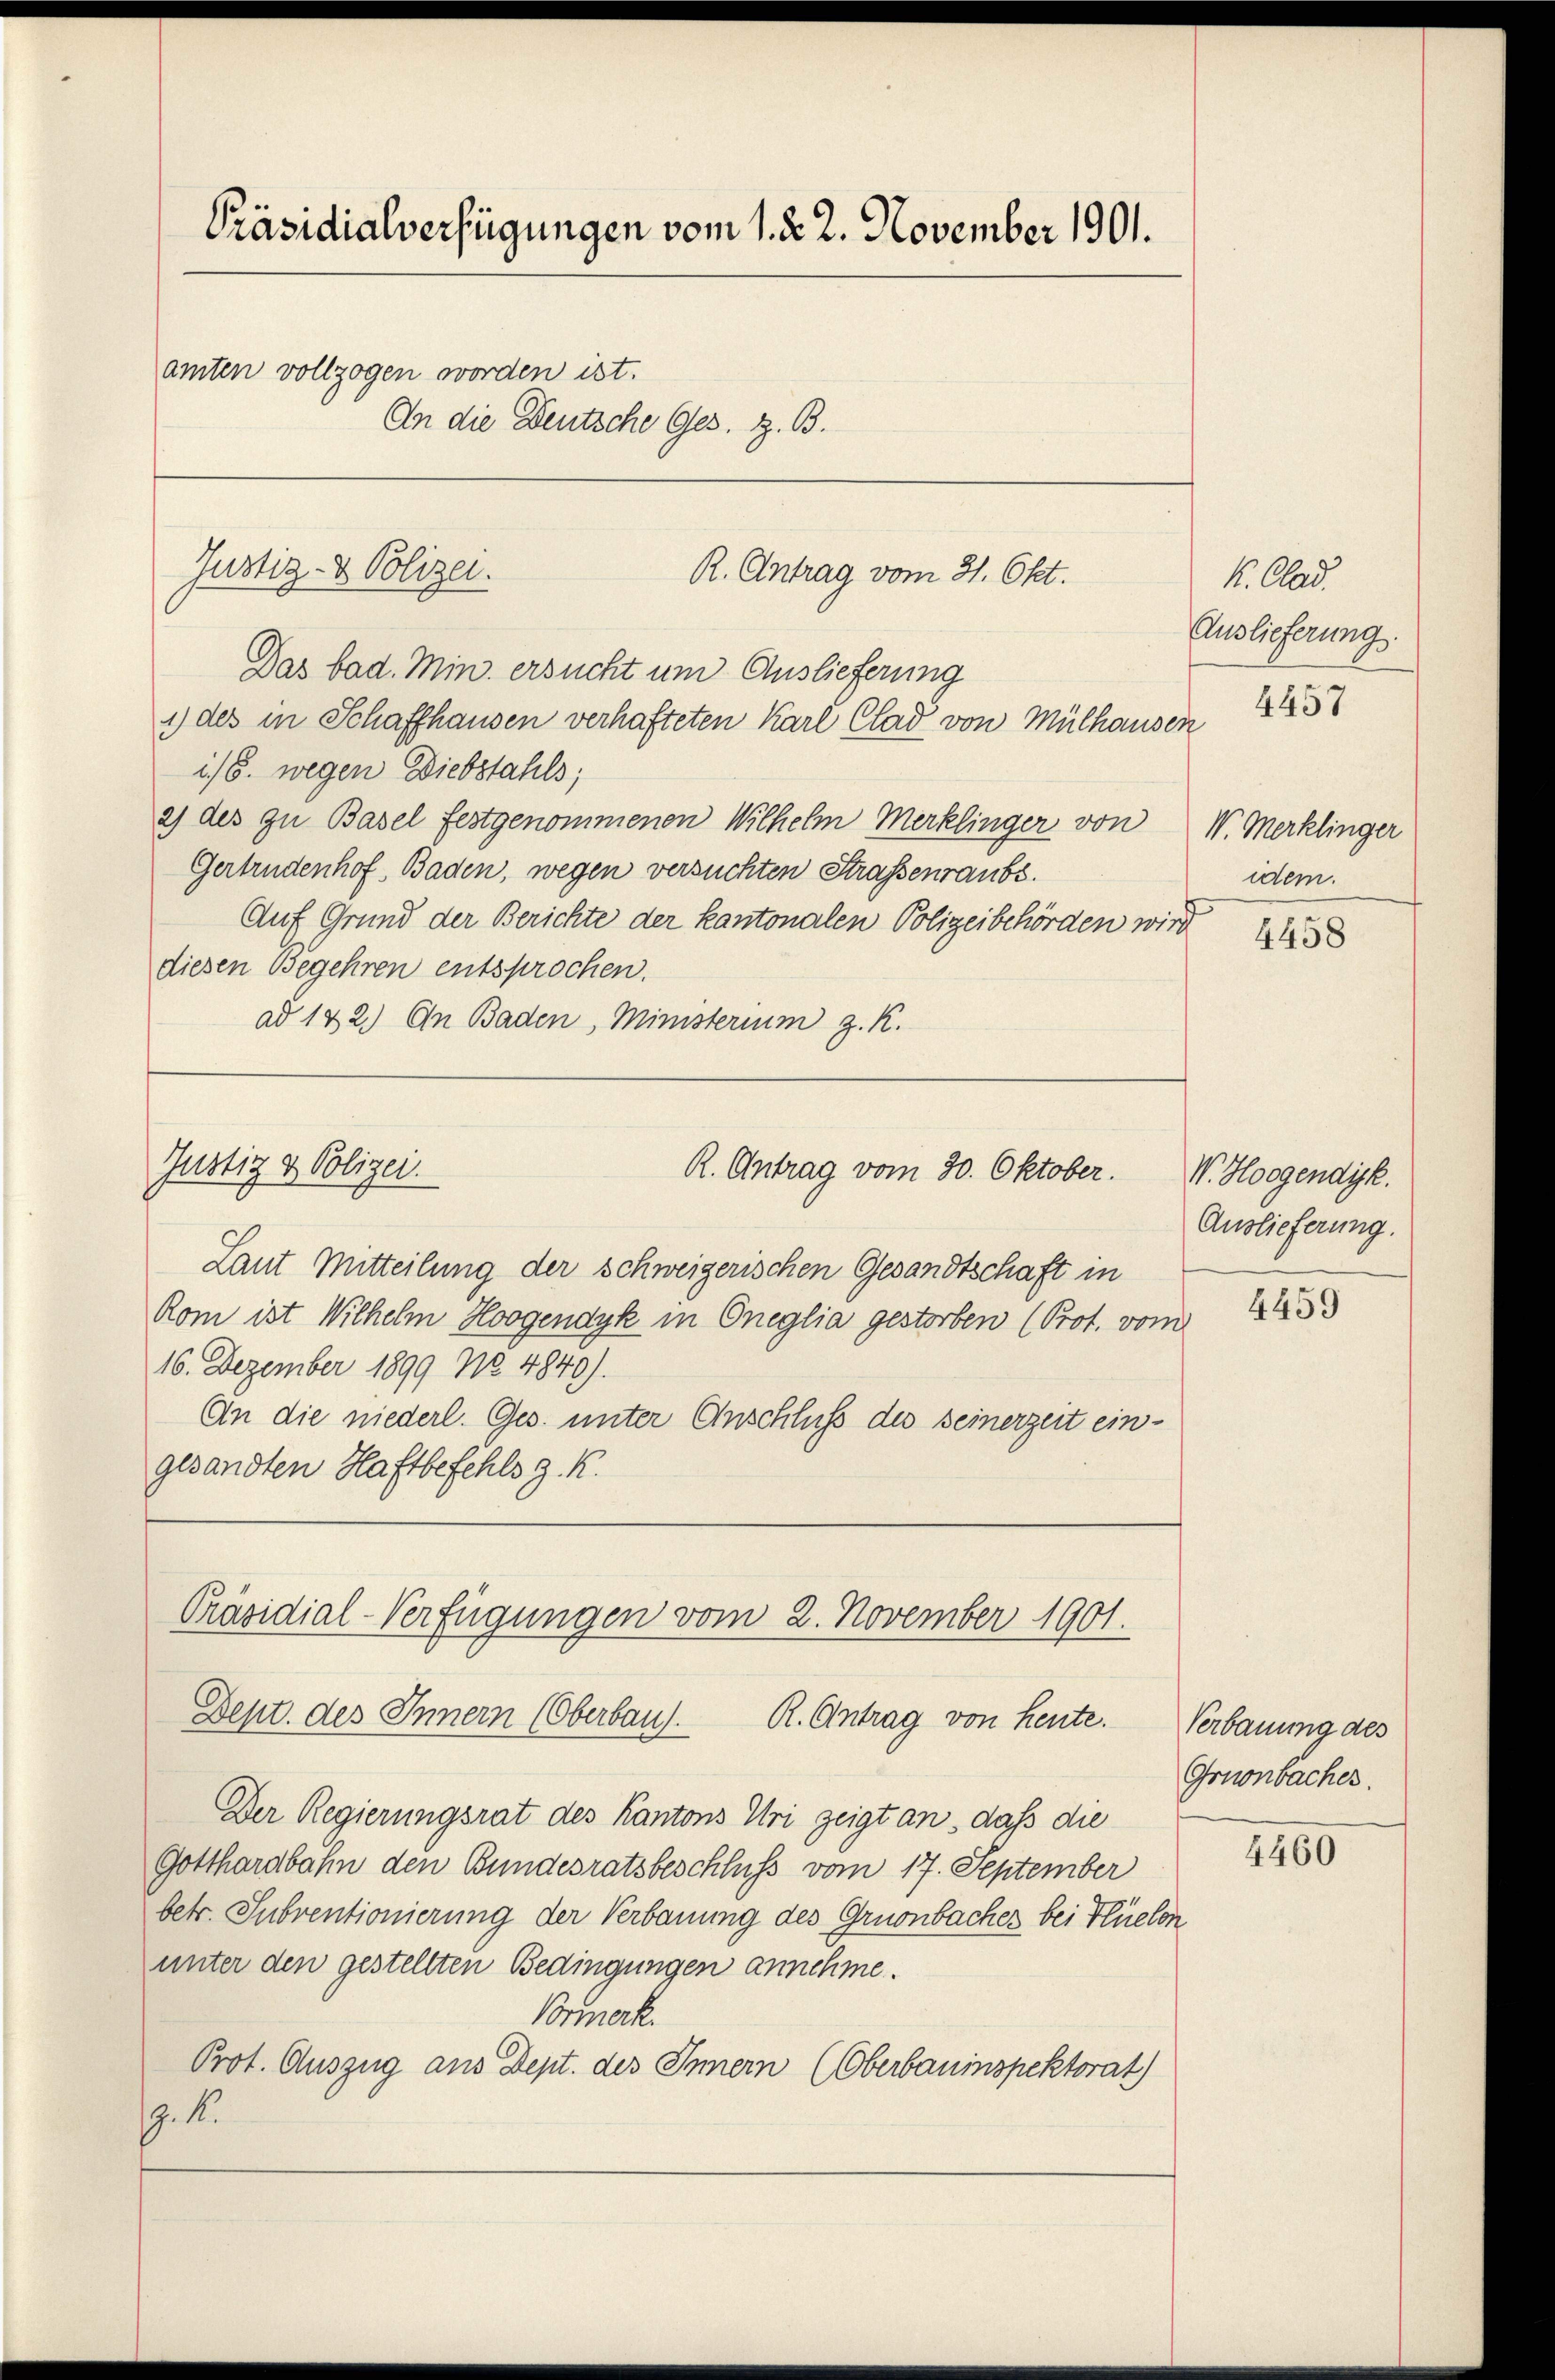
Präsidialverfügungen vom 1. d. 2. November 1901.
amten vollzogen worden ist.
An die Deutsche Ges. z. B.

Justiz- & Polizei.
R. Antrag vom 21. Okt.

Das bad. Min. ersucht um Auslieferung
1) des in Schaffhausen verhafteten Karl Clad von Mülhausen
i/8. wegen Diebstahls;
2) des zu Basel festgenommenen Wilhelm Merklinger von
Gertrudenhof, Baden, wegen versuchten Strassenraubs.
Auf Grund der Berichte der kantonalen Polizeibehörden wird
diesen Begehren entsprochen.
ad 122.) An Baden, Ministerium z. K.

Justiz & Polizei.

R. Antrag vom 30. Oktober.

Präsidial-Verfügungen vom 2. November 1901.
Dept. des Innern (Oberbaus. R. Antrag von heute. Verbauung des

Laut Mitteilung der schweizerischen Gesandtschaft in
Rom ist Wilhelm Horgendyk in Oneglia gestorben (Prot. vom
16. Dezember 1899 No 4840).
An die niederl. Ges. unter Anschluss des seinerzeit eingesandten Haftbefehls z. K.

Der Regierungsrat des Kantons Uri zeigt an, daß die
Gotthardbahn den Bundesratsbeschluss vom 17. September
betr. Subventionierung der Verbauung des Gruonbaches bei Flüelen
unter den gestellten Bedingungen annehme.
Vormerk.
Prot. Auszug aus Dept. des Innern (Oberbauinspektorat)
9. K.

K. Clad.
Auslieferung.

4457

V. Merklinger
idem.

4458

V. Horgendigk
Auslieferung.

4459

Grnonbaches.

4460